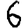
Digit: 6